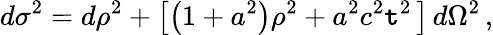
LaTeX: d\sigma^{2}=d\rho^{2}+\left[\left(1+a^{2}\right)\rho^{2}+a^{2}c^{2}\mathtt{t}^{2}\, \right]\, d\Omega^{2}\, ,